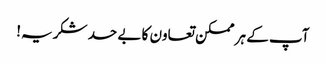
آپ کے ہر ممکن تعاون کا بے حد شکریہ!